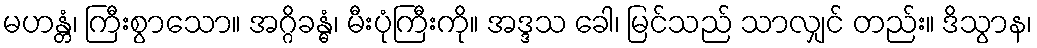
မဟန္တံ၊ ကြီးစွာသော။ အဂ္ဂိခန္ဓံ၊ မီးပုံကြီးကို။ အဒ္ဒသ ခေါ၊ မြင်သည် သာလျှင် တည်း။ ဒိသွာန၊